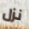
نزل